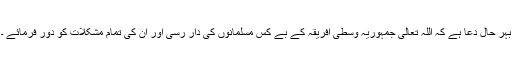
بہر حال دعا ہے کہ اللہ تعالیٰ جمہوریہ وسطی افریقہ کے بے کس مسلمانوں کی دار رسی اور ان کی تمام مشکلات کو دور فرمائے ۔